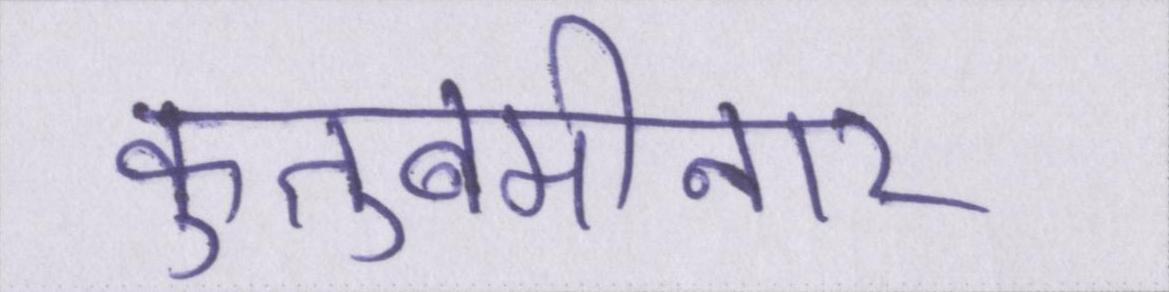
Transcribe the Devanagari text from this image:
कुतुबमीनार